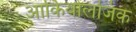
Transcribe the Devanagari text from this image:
आर्कियोलजिक